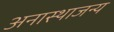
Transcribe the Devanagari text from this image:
अनास्थाजन्य